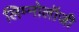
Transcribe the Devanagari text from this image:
लिम्नोलॉजी